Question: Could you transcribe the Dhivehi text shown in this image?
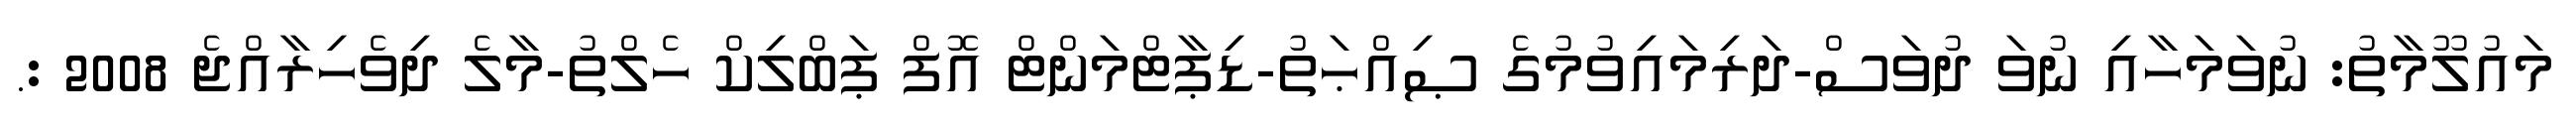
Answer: މައުލޫމާތު: ނުވަމަހާއި ނުވަ ދުވަސް-ދަރިމައިވުމުގެ ޞިއްޙަތު-ޑިޕާޓްމަންޓް އޮފް ޕަބްލިކް ހެލްތު-މާލެ ދިވެހިރާއްޖެ 2008 :.